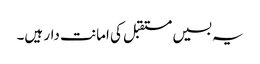
یہ بسیں مستقبل کی امانت دار ہیں۔